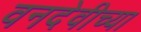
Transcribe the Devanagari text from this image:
वनदेवीच्या